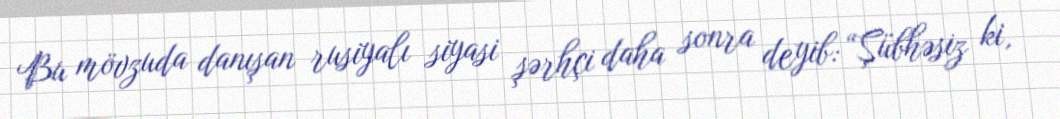
Bu mövzuda danışan rusiyalı siyasi şərhçi daha sonra deyib: “Şübhəsiz ki,